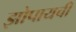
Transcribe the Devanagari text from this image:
झोपायची